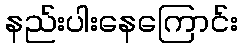
နည်းပါးနေကြောင်း